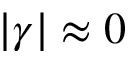
| \gamma | \approx 0